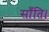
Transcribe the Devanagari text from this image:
साँति।